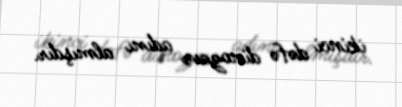
ikinci dəfə dinozavr adını almışdır.